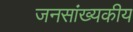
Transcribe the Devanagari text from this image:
जनसांख्यकीय